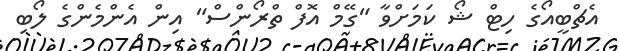
އެޗްބީއޯގެ ހިޓް ޝޯ ކަމަށްވާ "ގޭމް އޮފް ތްރޯންސް" އިން އެންމެންގެ ލޯބި